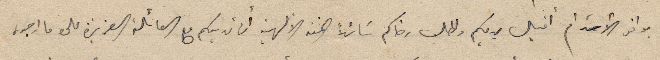
بوافر الأحترام أقبل يديكم واطلب رضاكم سائلاً المنه الألهية أن تهديكم مع العائلة العزيزة على ما ارجوه